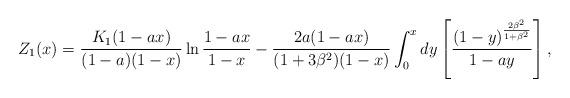
LaTeX: \begin{align*}{Z}_1(x) = {{K_1(1-ax)}\over {(1-a)(1-x)}} \ln {{1-ax}\over{1-x}} - {{2a(1-ax)}\over{(1+3 \beta^2)(1-x)}} \int^x_0 dy \left[{ {(1-y)^{{2\beta^2}\over{1+\beta^2}}} \over {1-ay}} \right] ,\end{align*}